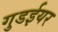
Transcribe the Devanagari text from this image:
गुडईयर